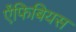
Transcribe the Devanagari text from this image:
ऐंफिबियस